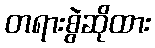
တရားစွဲဆိုထား